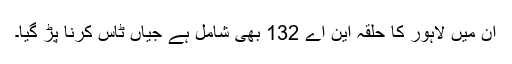
ان میں لاہور کا حلقہ این اے 132 بھی شامل ہے جیاں ٹاس کرنا پڑ گیا۔